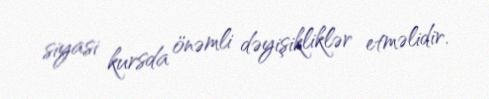
siyasi kursda önəmli dəyişikliklər etməlidir.